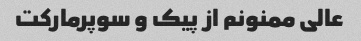
عالی ممنونم از پیک و سوپرمارکت